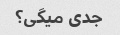
جدی میگی؟